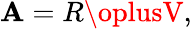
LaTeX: \mathbf{A}=R\oplusV,